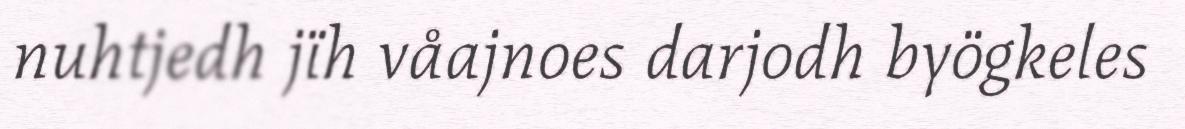
nuhtjedh jïh våajnoes darjodh byögkeles